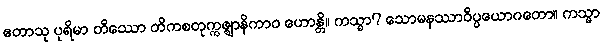
ဧတာသု ပုရိမာ တိဿော တိကစတုက္ကဇ္ဈာနိကာဝ ဟောန္တိ။ ကသ္မာ? သောမနဿာဝိပ္ပယောဂတော။ ကသ္မာ